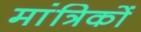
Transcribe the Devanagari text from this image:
मांत्रिकों